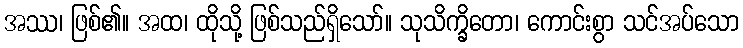
အဿ၊ ဖြစ်၏။ အထ၊ ထိုသို့ ဖြစ်သည်ရှိသော်။ သုသိက္ခိတော၊ ကောင်းစွာ သင်အပ်သော